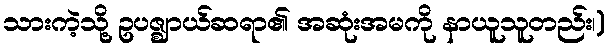
သားကဲ့သို့ ဥပဇ္ဈာယ်ဆရာ၏ အဆုံးအမကို နာယူသူတည်း၊)